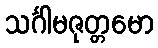
သင်္ဂါမဇုတ္တမော